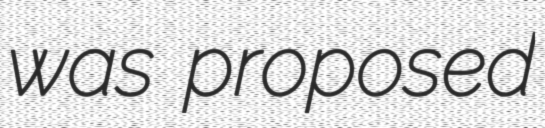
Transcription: was proposed